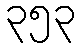
၃၅၃